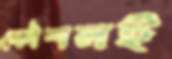
কৌশলই